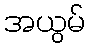
အယွမ်